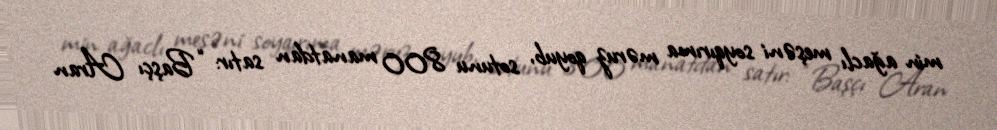
min ağaclı meşəni soyqırıma məruz qoyub, sotunu 800 manatdan satır: “Başçı Aran